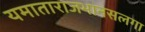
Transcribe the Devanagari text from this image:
यमाताराजभानसलगा